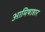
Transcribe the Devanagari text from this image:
आमिषाहार